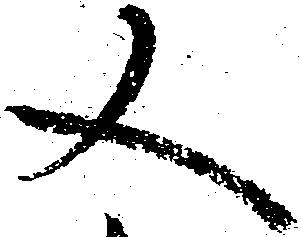
又